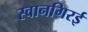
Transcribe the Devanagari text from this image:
स्वानगिरई